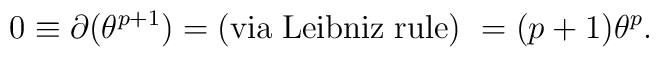
0\equiv \partial(\theta^{p+1})={\rm (via\; Leibniz\; rule)\ }=(p+1)\theta^{p} .